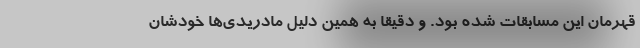
قهرمان این مسابقات شده بود. و دقیقا به همین دلیل مادریدی‌ها خودشان